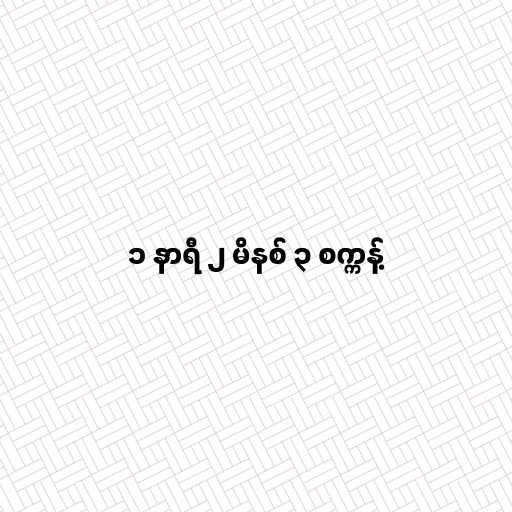
၁ နာရီ ၂ မိနစ် ၃ စက္ကန့်